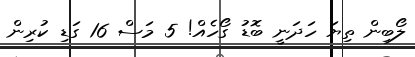
ލޯބިން ތިޔަ ހަދަނީ ބޮޑު ގޯހެއް! 5 މަސް 16 ގަޑި ކުރިން